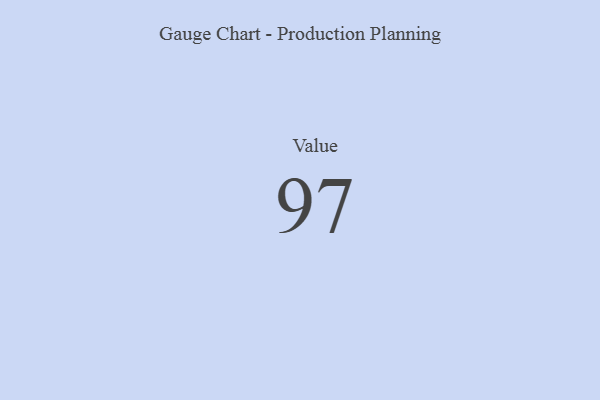
{"axis": {"x": "Metric", "y": "Value"}, "legend": [""], "data": [{"x": "Value", "y": 97, "type": ""}]}